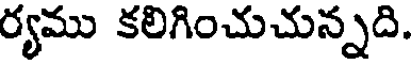
ర్యము కలిగించుచున్నది.